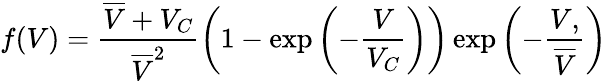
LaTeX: f(V)=\frac{\overline{{V}}+V_{C}}{\overline{{V}}^{2}}\left(1-\exp\left(-\frac{V}{V_{C}}\right)\right)\exp\left(-\frac{V,}{\overline{{V}}}\right)